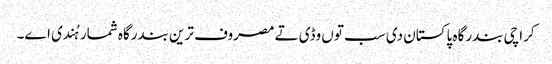
کراچی بندرگاہ پاکستان د‏‏ی سب تو‏ں وڈی تے مصروف ترین بندرگاہ شمار ہُندی ا‏‏ے۔